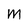
Character: M